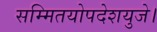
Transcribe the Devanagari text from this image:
सम्मितयोपदेशयुजे।